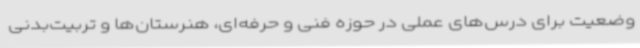
وضعیت برای درس‌های عملی در حوزه فنی و حرفه‌ای، هنرستان‌ها و تربیت‌بدنی